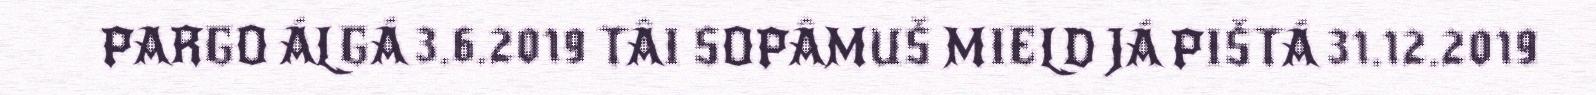
PARGO ÁLGÁ 3.6.2019 TÂI SOPÂMUŠ MIELD JÁ PIŠTÁ 31.12.2019